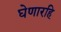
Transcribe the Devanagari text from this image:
घेणारहि